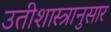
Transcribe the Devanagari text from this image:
उतीशास्त्रानुसार